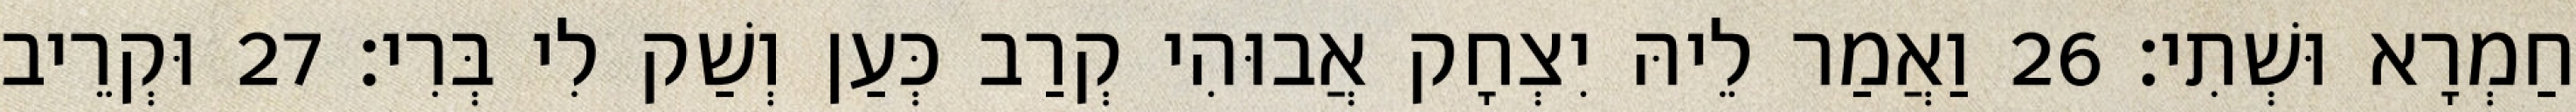
חַמְרָא וּשְׁתִי׃ 26 וַאֲמַר לֵיהּ יִצְחָק אֲבוּהִי קְרַב כְּעַן וְשַׁק לִי בְּרִי׃ 27 וּקְרֵיב